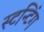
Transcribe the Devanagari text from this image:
स्टन्टिंग